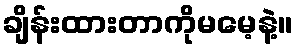
ချိန်းထားတာကိုမမေ့နဲ့။